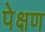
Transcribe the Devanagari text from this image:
पेक्षण